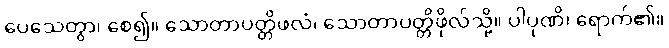
ပေသေတွာ၊ စေ၍။ သောတာပတ္တိဖလံ၊ သောတာပတ္တိဖိုလ်သို့။ ပါပုဏိ၊ ရောက်၏။